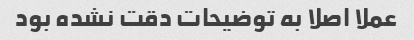
عملا اصلا به توضیحات دقت نشده بود